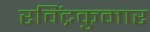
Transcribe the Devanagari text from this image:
रविंद्रकुमार